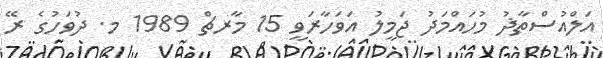
އަލްއުސްތާޛު މުހައްމަދު ޖަމީލު އަވަހާރަވީ 15 މާރޗް 1989 މ. ދުވަހުގެ ރޭ